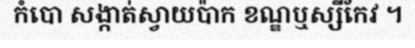
កំបោ សង្កាត់ស្វាយប៉ាក ខណ្ឌឬស្សីកែវ ។